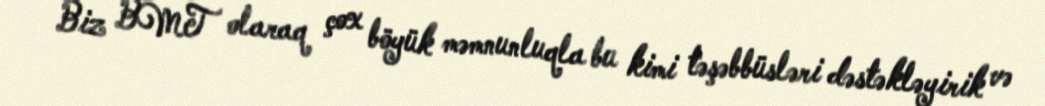
Biz BMT olaraq çox böyük məmnunluqla bu kimi təşəbbüsləri dəstəkləyirik və